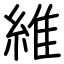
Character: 維